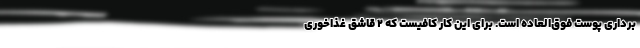
‌برداری پوست فوق‌العاده است. برای این کار کافیست که 2 قاشق غذاخوری